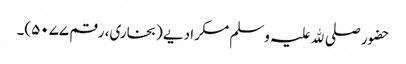
حضور صلی ﷲ علیہ وسلم مسکرا دیے (بخاری، رقم ۵۰۷۷)۔